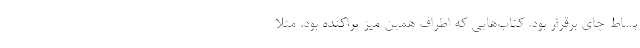
بساط چای برقرار بود. کتاب‌هایی که اطراف همین میز پراکنده بود، مثلا